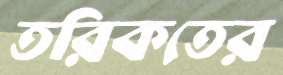
তরিকতের